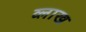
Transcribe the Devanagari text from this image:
व्लाख